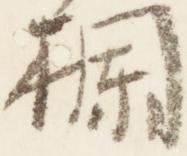
欄